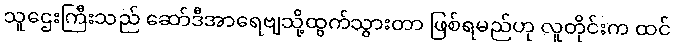
သူဌေးကြီးသည် ဆော်ဒီအာရေဗျသို့ထွက်သွားတာ ဖြစ်ရမည်ဟု လူတိုင်းက ထင်